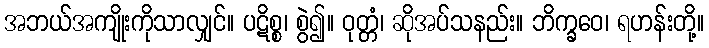
အဘယ်အကျိုးကိုသာလျှင်။ ပဋိစ္စ၊ စွဲ၍။ ဝုတ္တံ၊ ဆိုအပ်သနည်း။ ဘိက္ခဝေ၊ ရဟန်းတို့။